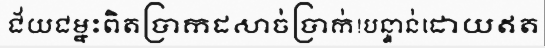
ជ័យជម្នះពិតប្រាកដសាច់ប្រាក់!បន្ទាន់ដោយឥត